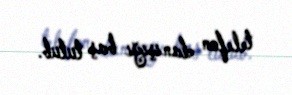
telefon danışığı baş tutub.